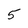
Character: 5